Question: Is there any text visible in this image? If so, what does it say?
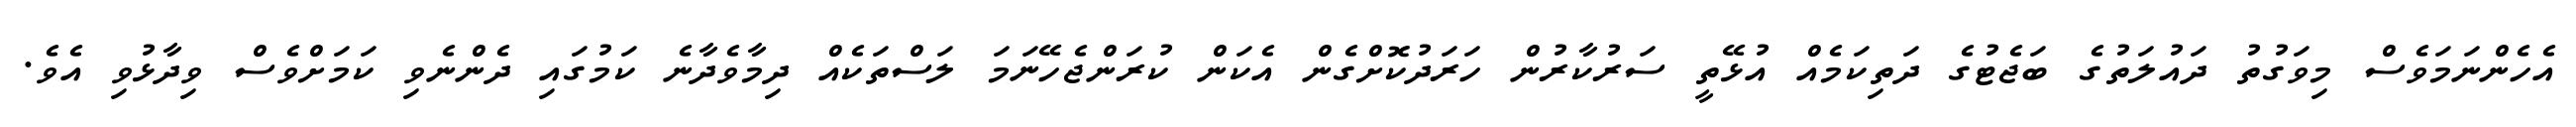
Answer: އެހެންނަމަވެސް މިވަގުތު ދައުލަތުގެ ބަޖެޓުގެ ދަތިކަމެއް އުޅޭތީ ސަރުކާރުން ހަރަދުކޮށްގެން އެކަން ކުރަންޖެހޭނަމަ ލަސްތަކެއް ދިމާވެދާނެ ކަމުގައި ދެންނެވި ކަމަށްވެސް ވިދާޅުވި އެވެ.